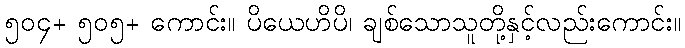
၅၀၄+ ၅၀၅+ ကောင်း။ ပိယေဟိပိ၊ ချစ်သောသူတို့နှင့်လည်းကောင်း။